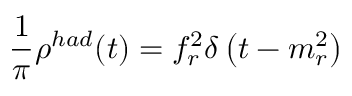
\frac { 1 } { \pi } \rho ^ { h a d } ( t ) = f _ { r } ^ { 2 } \delta \left( t - m _ { r } ^ { 2 } \right)